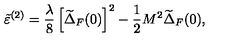
\tilde { \varepsilon } ^ { ( 2 ) } = \frac { \lambda } { 8 } \left[ \widetilde { \Delta } _ { F } ( 0 ) \right] ^ { 2 } - \frac { 1 } { 2 } M ^ { 2 } \widetilde { \Delta } _ { F } ( 0 ) ,